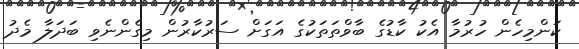
ކަންމިހެން ހުރުމާ އެކު ކާޑުގެ ބާވްތަތަކުގެ އަގަށް ސަރުކާރުން މިގެންނެވި ބަދަލާ މެދު